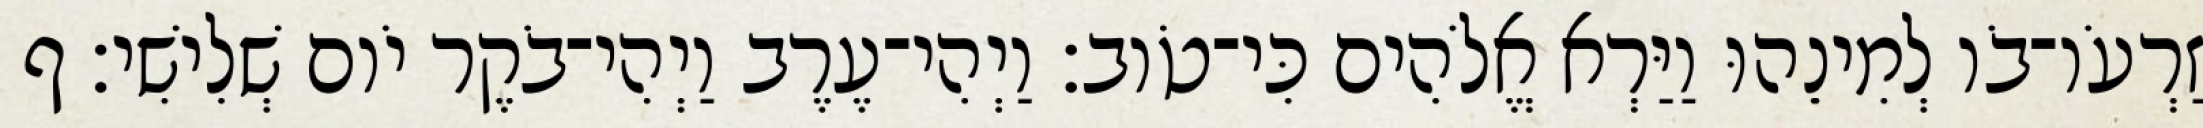
זַרְעֹו־בֹו לְמִינֵהוּ וַיַּרְא אֱלֹהִים כִּי־טֹוב׃ וַיְהִי־עֶרֶב וַיְהִי־בֹקֶר יֹום שְׁלִישִׁי׃ ף